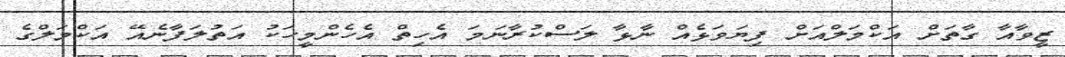
ޒީވާއާ ގާތަށް އަކްމަލްއަށް ފިޔަވަޅެއް ނާޅާ ލަސްކުރާނަމަ އެހިތް އެހެންމީހަކު އަތުލަފާނެއޭ އަކްމަލްގެ